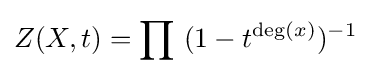
Z(X,t)=\prod \ (1-t^{\deg(x)})^{-1}